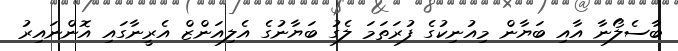
ބާސެލޯނާ އާއި ބަޔާން މިއުނިކުގެ ފުރަތަމަ ލެގު ބަޔާނުގެ އެލިއަންޒް އެރީނާގައި އޮންނައިރު